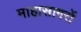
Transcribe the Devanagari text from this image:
माहासागरों